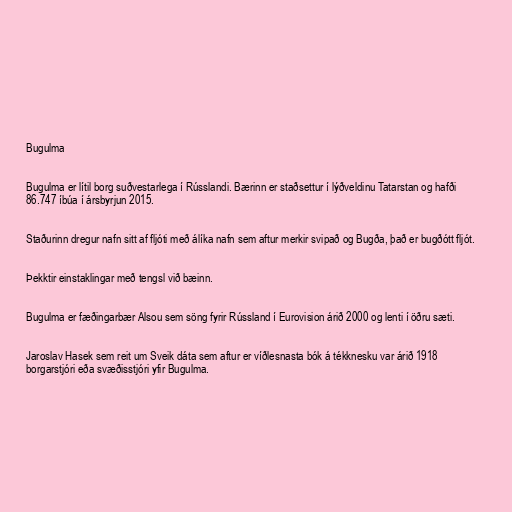
Bugulma

Bugulma er lítil borg suðvestarlega í Rússlandi. Bærinn er staðsettur í lýðveldinu Tatarstan og hafði
86.747 íbúa í ársbyrjun 2015.

Staðurinn dregur nafn sitt af fljóti með álíka nafn sem aftur merkir svipað og Bugða, það er bugðótt fljót.

Þekktir einstaklingar með tengsl við bæinn.

Bugulma er fæðingarbær Alsou sem söng fyrir Rússland í Eurovision árið 2000 og lenti í öðru sæti.

Jaroslav Hasek sem reit um Sveik dáta sem aftur er víðlesnasta bók á tékknesku var árið 1918
borgarstjóri eða svæðisstjóri yfir Bugulma.